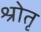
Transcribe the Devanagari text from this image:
श्रोतृ